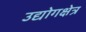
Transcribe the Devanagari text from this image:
उद्योगक्षेत्र